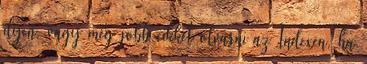
ilyen, vagy még jobb cikket olvasni az Indexen, ha